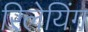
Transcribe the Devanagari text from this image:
रिलेयिंग